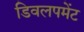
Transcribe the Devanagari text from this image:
डिवलपमेंट